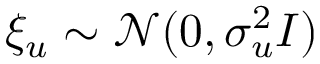
\xi _ { u } \sim \mathcal { N } ( 0 , \sigma _ { u } ^ { 2 } I )